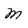
Character: M